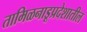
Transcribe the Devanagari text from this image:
तामिळनाडूप्रदेशातील